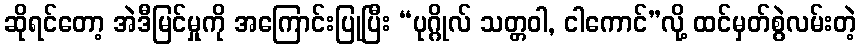
ဆိုရင်တော့ အဲဒီမြင်မှုကို အကြောင်းပြုပြီး “ပုဂ္ဂိုလ် သတ္တဝါ, ငါကောင်”လို့ ထင်မှတ်စွဲလမ်းတဲ့